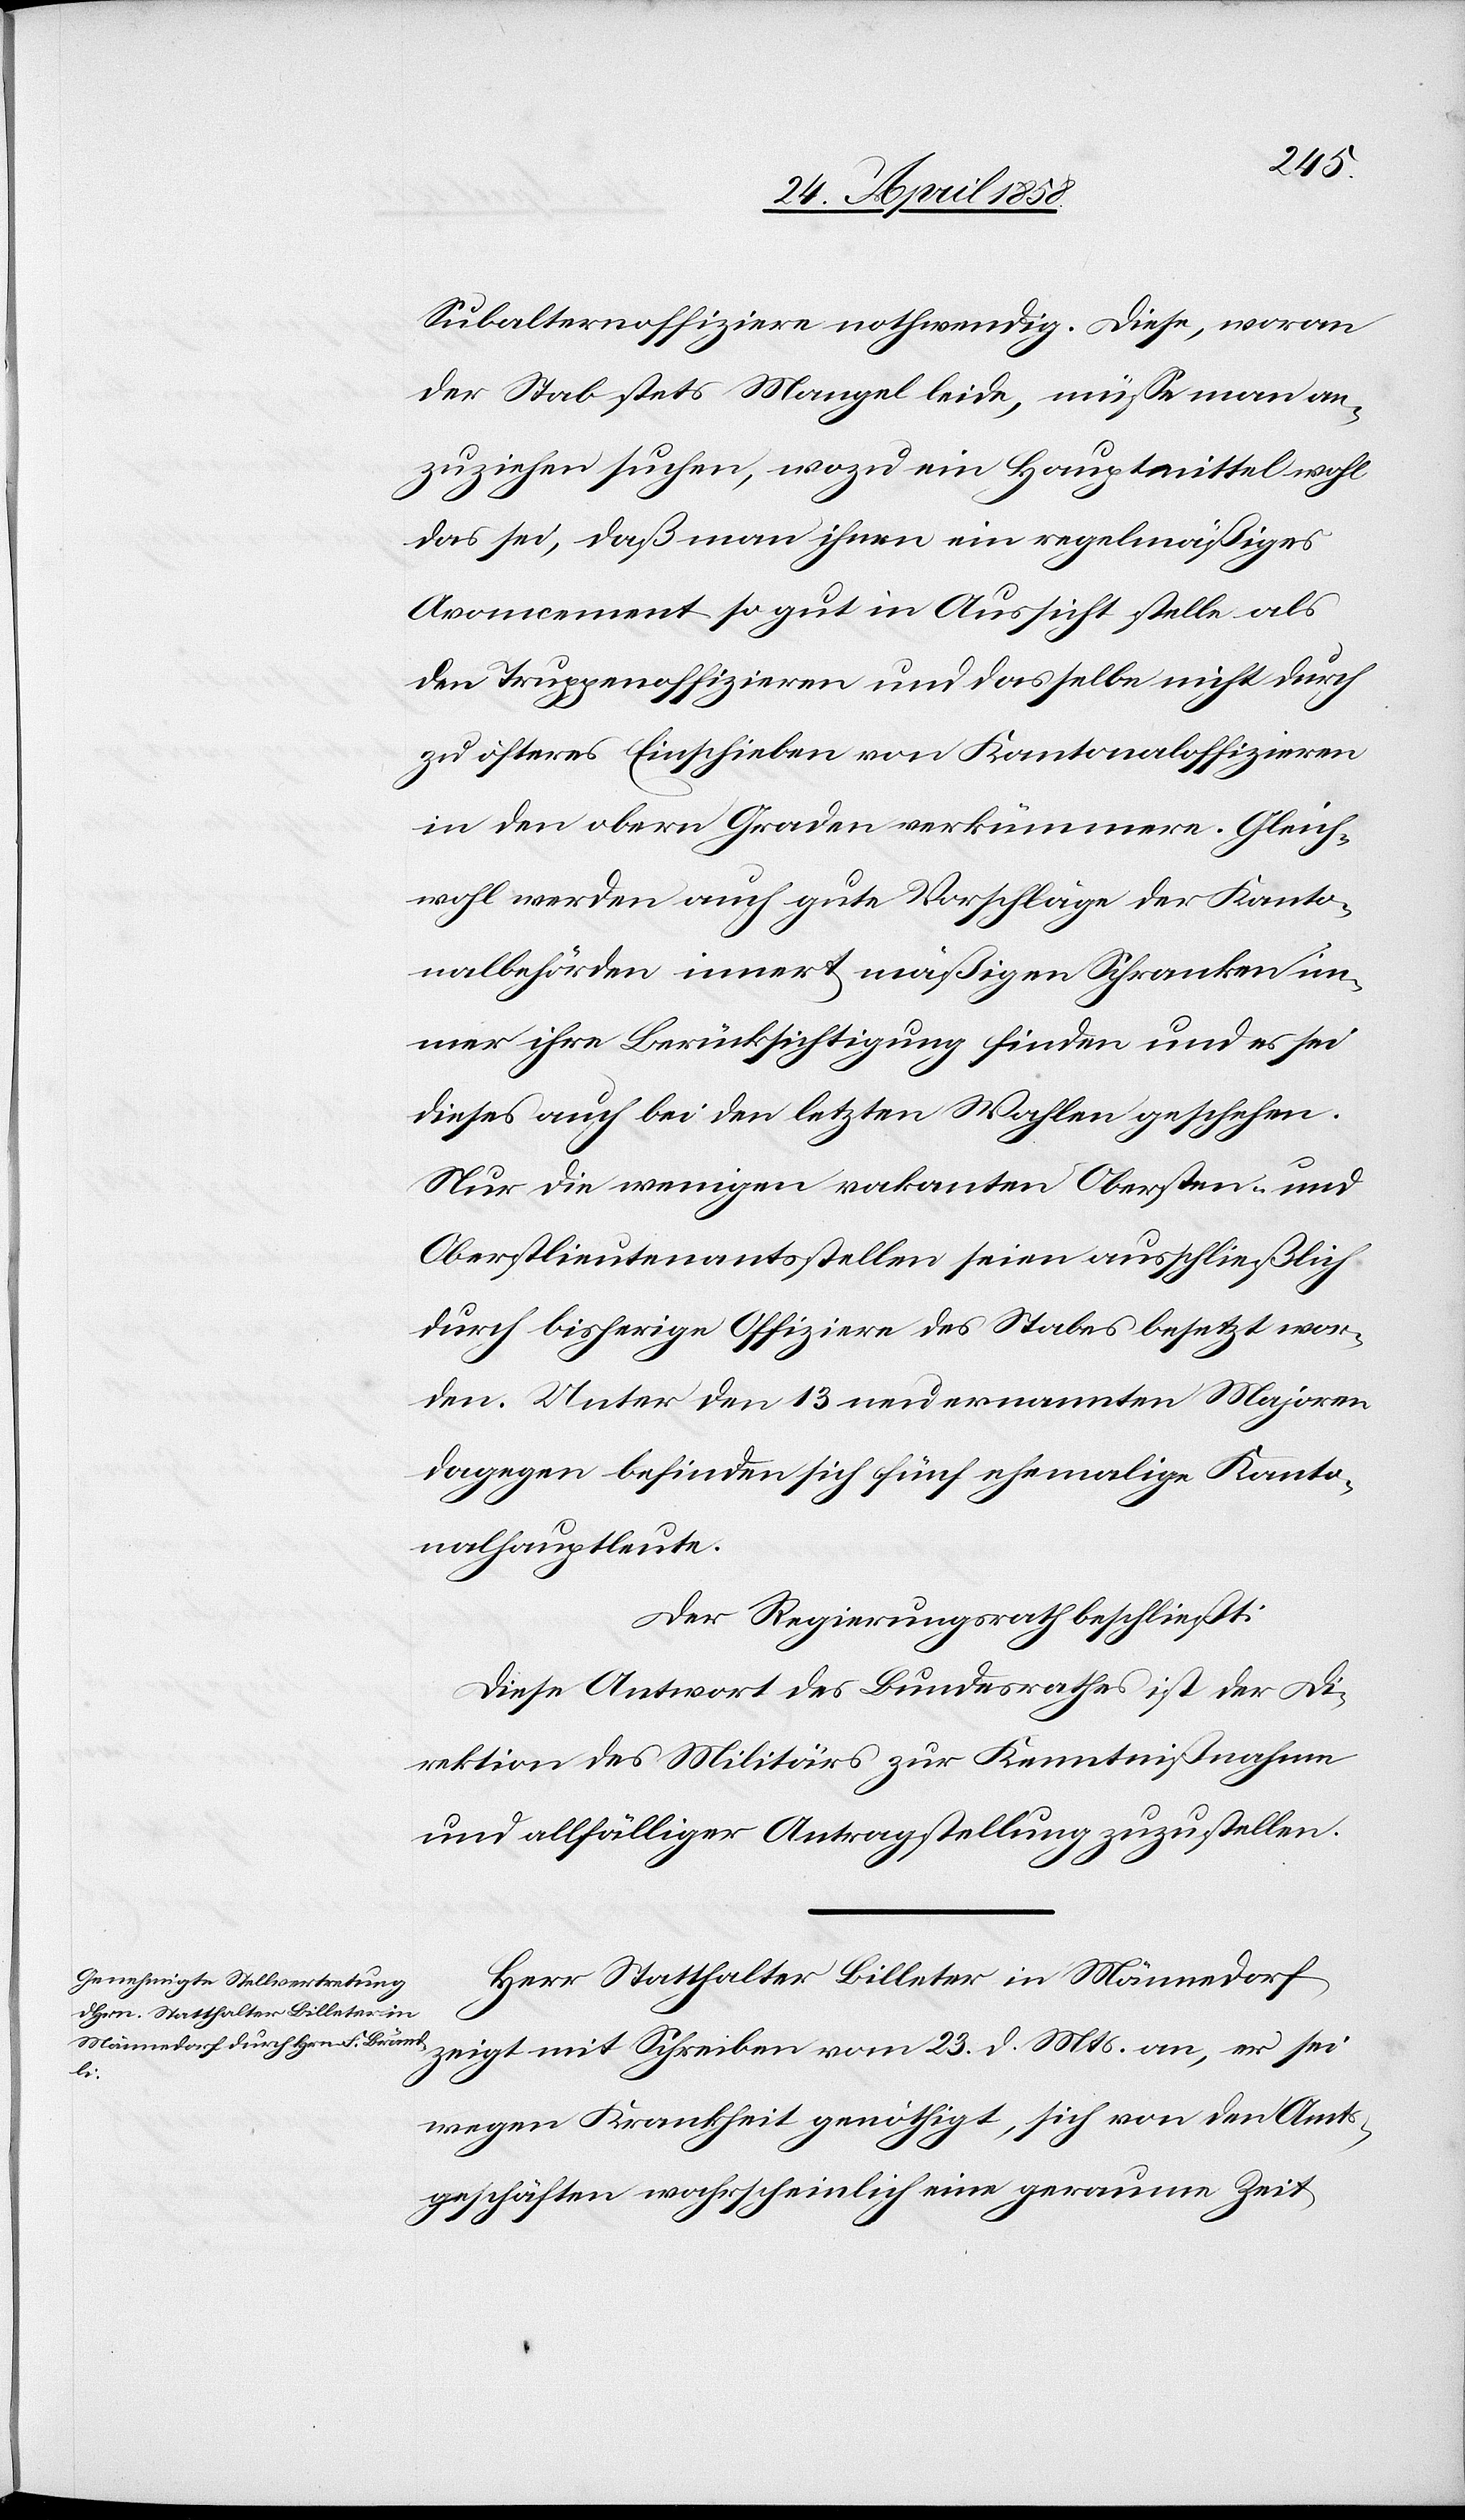
Subalternoffiziere nothwendig. Diese, woran
der Stab stets Mangel leide, müsse man an¬
zuziehen suchen, wozu ein Hauptmittel wohl
das sei, daß man ihnen ein regelmäßiges
Avoncement so gut in Aussicht stelle als
den Truppenoffizieren und dasselbe nicht durch
zu öfteres Einschieben von Kantonaloffizieren
in den obern Graden verkümmere. Gleich¬
wohl werden auch gute Vorschläge der Kanto¬
nalbehörden innert mäßigen Schranken im¬
mer ihre Berücksichtigung finden und es sei
dieses auch bei den letzten Wahlen geschehen.
Nur die wenigen vakanten Obersten- und
Oberstlieutenantsstellen seien ausschließlich
durch bisherige Offizier des Stabes besetzt wor¬
den. Unter den 13 neu ernannten Majoren
dagegen befinden sich fünf ehemalige Kanto¬
nalhauptleute.
Der Regierungsrath beschließt:
Diese Antwort des Bundesrathes ist der Di¬
rektion des Militärs zur Kenntnißnahme
und allfälliger Antragstellung zuzustellen.
Herr Statthalter Billeter in Männedorf
zeigt mit Schreiben vom 23. d. Mts. an, er sei
wegen Krankheit genöthig, sich von den Amts¬
geschäften wahrscheinlich eine geraume Zeit